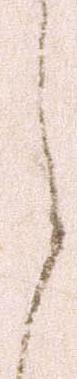
之